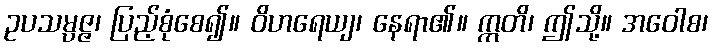
ဥပသမ္ပဇ္ဇ၊ ပြည့်စုံစေ၍။ ဝိဟရေယျ၊ နေရာ၏။ ဣတိ၊ ဤသို့။ အဝေါစ၊